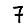
Digit: 7